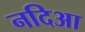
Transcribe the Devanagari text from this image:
नदिआ